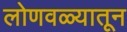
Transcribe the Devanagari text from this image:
लोणवळ्यातून